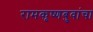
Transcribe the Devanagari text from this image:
रामकृष्णबुवांचा